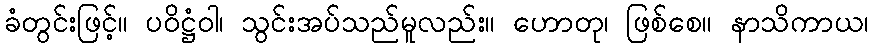
ခံတွင်းဖြင့်။ ပဝိဋ္ဌံဝါ၊ သွင်းအပ်သည်မူလည်း။ ဟောတု၊ ဖြစ်စေ။ နာသိကာယ၊